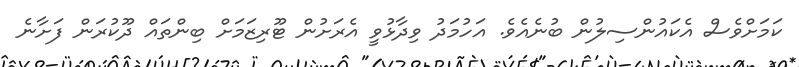
ކަމަށްވެސް އެކައުންސިލުން ބުނެއެވެ. އަހުމަދު ވިދާޅުވީ އެރަށުން ޓޫރިޒަމަށް ބިންތައް ދޫކުރަން ފަށާނެ